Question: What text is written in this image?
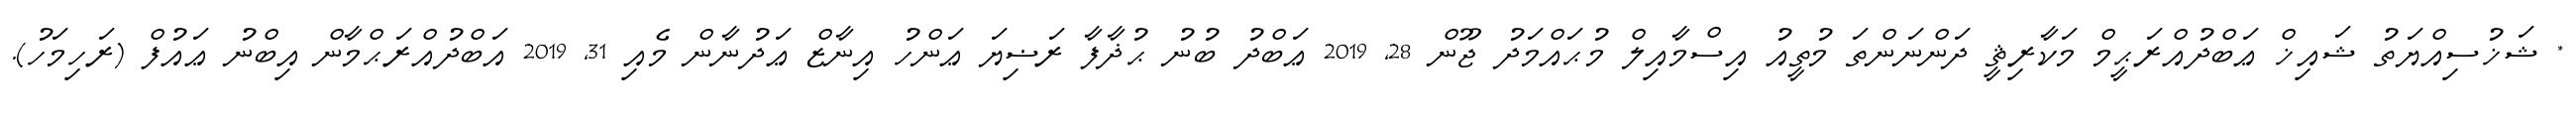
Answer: * ޝަޚުސިއްޔަތު ޝައިޚް ޢަބްދުއްރަޙީމް މަކާރިޘީ ދަންނަންތަ މުތީއު އިސްމާއިލް މުޙައްމަދު ޖޫން 28, 2019 ޢަބްދު ބުނު ޙުޛާފާ ރަޟިޔަ ޢަންހު އިނާޒް ޢަދުނާން މެއި 31, 2019 އަބްދުއްރަޙްމާން އިބްނު ޢައުފް (ރަހިމަހު).